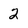
Character: 2